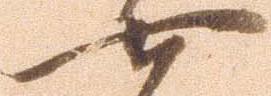
七